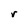
Character: r